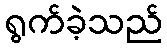
ရွက်ခဲ့သည်